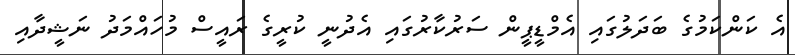
އެ ކަންކަމުގެ ބަދަލުގައި އެމްޑީޕީން ސަރުކާރުގައި އެދުނީ ކުރީގެ ރައީސް މުހައްމަދު ނަޝީދާއި